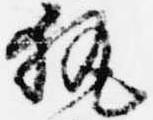
執